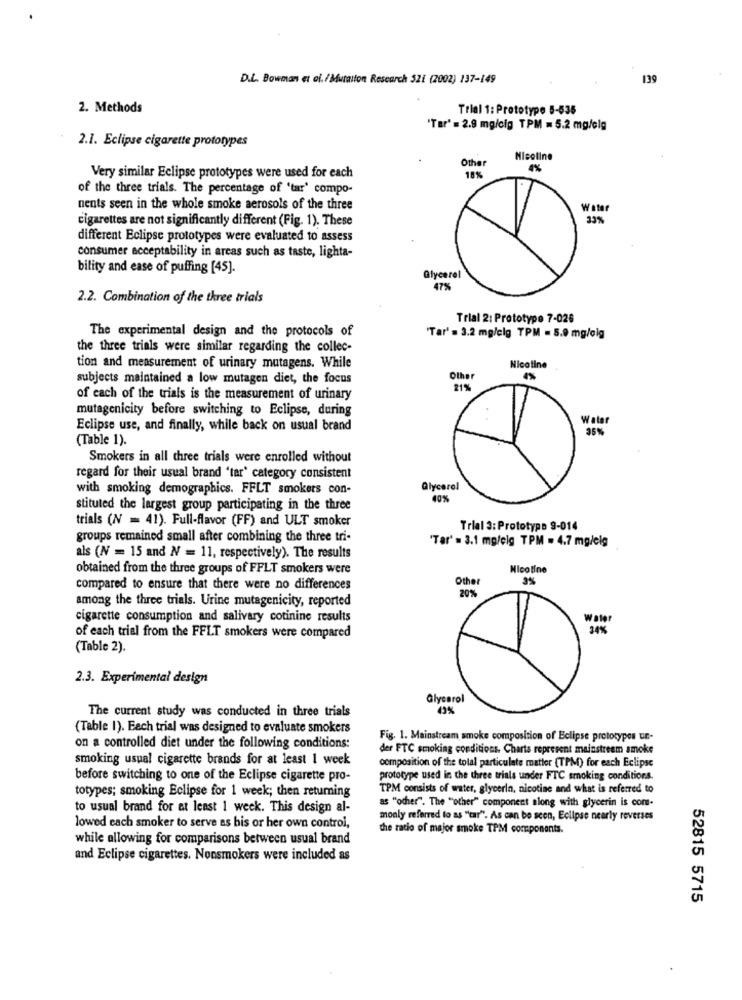
D.L. Bowman et of. / Mutation Research 521 (2002) 137-149
139
2. Methods
Trial 1: Prototype 5-535
"Tar' = 2.9 mg/cig TPM = 5.2 mg/Glg
2.1. Eclipse cigarette prototypes
Other
MIcoline
4%
Very similar Eclipse prototypes were used for each
18%
of the three trials. The percentage of 'tar' compo-
nents seen in the whole smoke aerosols of the three
Water
cigarettes are not significantly different (Fig. 1). These
13%
different Eclipse prototypes were evaluated to assess
consumer acceptability in areas such as taste, lighta-
bility and ease of puffing [45].
Glycerol
47%
2.2. Combination of the three trials
Trial 2: Prototype 7-026
The experimental design and the protocols of
"Tar' = 3.2 mg/elg TPM = 5.0 mg/olg
the three trials were similar regarding the collec-
tion and measurement of urinary mutagens. While
Nicotine
subjects maintained a low mutagen diet, the focus
Othe
21%
of each of the trials is the measurement of urinary
mutagenicity before switching to Eclipse, during
Watar
Eclipse use, and finally, while back on usual brand
(Table 1).
Smokers in all three trials were enrolled without
regard for their usual brand "tar' category consistent
with smoking demographics. FFLT smokers con-
Glycerel
40%
stituted the largest group participating in the three
trials (N = 41). Full-flavor (FF) and ULT smoker
Trial 3: Prototypo 9-014
groups remained small after combining the three tri-
'Tar' = 3.1 mg/eig TPM = 4.7 mg/elg
als (N = 15 and N = 11, respectively). The results
obtained from the three groups of FFLT smokers were
Nicotine
3%
compared to ensure that there were no differences
Other
among the three trials. Urine mutagenicity, reported
20%
cigarette consumption and salivary cotinine results
Water
34%
of each trial from the FFLT smokers were compared
(Table 2).
2.3. Experimental design
Glycerol
0%
The current study was conducted in three trials
(Table 1). Each trial was designed to evaluate smokers
Fig. 1. Mainstream smoke composition of Eclipse prototypes ue-
on a controlled diet under the following conditions:
der FTC smoking conditions. Charts represent mainstream smoke
smoking uspal cigarette brands for at least 1 week
composition of the total particulate matter (TPM) for each Eclipse
before switching to one of the Eclipse cigarette pro-
prototype used in the three trials under FTC smoking conditions.
totypes; smoking Eclipse for 1 week; then returning
TPM consists of water, glycerin, nicotine and what is referred to
as "ocher". The "other" component along with glycerin is con-
to usual brand for at least 1 week. This design al-
monly referred to as "tar". As can be scon, Eclipse nearly reverses
lowed each smoker to serve as his or her own control,
the ratio of major smoke TPM components.
while allowing for comparisons between usual brand
and Eclipse cigarettes. Nonsmokers were included as
52815 5715